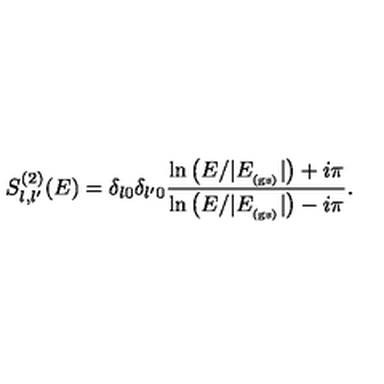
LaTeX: S _ { l , l ^ { \prime } } ^ { ( 2 ) } ( E ) = \delta _ { l 0 } \delta _ { l ^ { \prime } 0 } \frac { \ln \left( E / | E _ { _ \mathrm { ( g s ) } } | \right) + i \pi } { \ln \left( E / | E _ { _ \mathrm { ( g s ) } } | \right) - i \pi } .